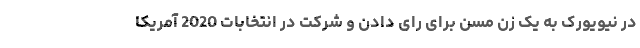
در نیویورک به یک زن مسن برای رای دادن و شرکت در انتخابات 2020 آمریکا